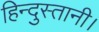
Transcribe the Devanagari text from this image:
हिन्दुस्तानी।